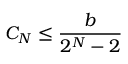
C _ { N } \leq \frac { b } { 2 ^ { N } - 2 }